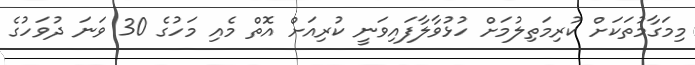
މިމަގާމުތަކަށް ކުރިމަތިލުމަށް ހުޅުވާލާފައިވަނީ ކުރިއަށް އޮތް މެއި މަހުގެ 30 ވަނަ ދުވަހުގެ